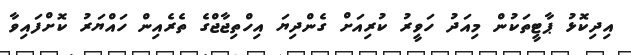
އިދިކޮޅު ޕާޓީތަކުން މިއަދު ހަވީރު ކުރިއަށް ގެންދިޔަ އިހްތިޖާޖްގެ ތެރެއިން ހައްޔަރު ކޮށްފައިވާ